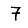
Digit: 7